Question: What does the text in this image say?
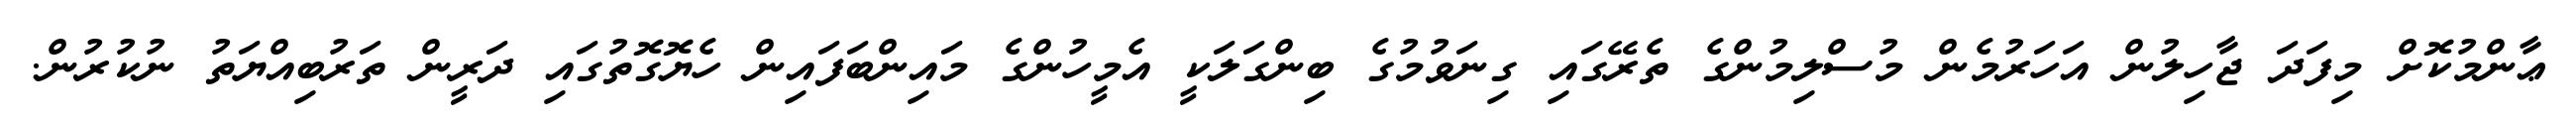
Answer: ޢާންމުކޮށް މިފަދަ ޖާހިލުން އަހަރުމެން މުސްލިމުންގެ ތެރޭގައި ގިނަވުމުގެ ބިންގަލަކީ އެމީހުންގެ މައިންބަފައިން ހެޔޮގޮތުގައި ދަރީން ތަރުބިއްޔަތު ނުކުރުން.